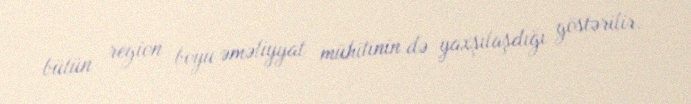
bütün region boyu əməliyyat mühitinin də yaxşılaşdığı göstərilir.